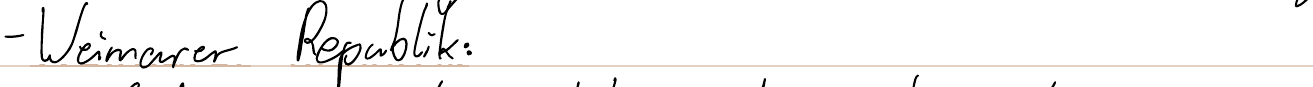
- Weimarer Republik: